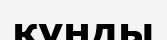
қүнды